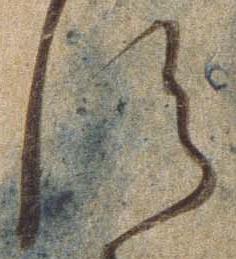
す